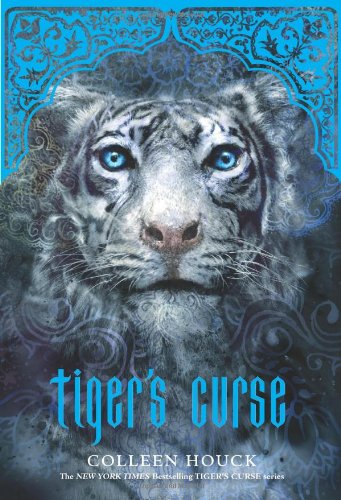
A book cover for Tiger's Curse (Book 1 in the Tiger's Curse Series); Colleen Houck; Teen & Young Adult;